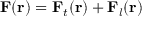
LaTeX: \mathbf { F } ( \mathbf { r } ) = \mathbf { F } _ { t } ( \mathbf { r } ) + \mathbf { F } _ { l } ( \mathbf { r } )